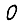
Digit: 0